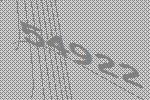
54922